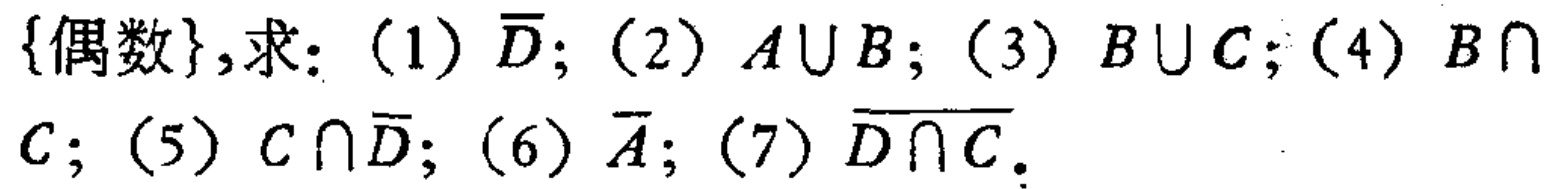
\{偶数\},求：(1) $\overline{D}$; (2) $A\cup B$; (3) $B\cup C$; (4) $B\cap C$; (5) $C\cap\overline{D}$; (6) $\overline{A}$; (7) $\overline{D\cap C}$.